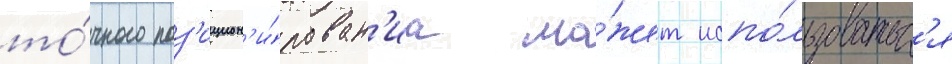
то́чного поз'ицион'и́рован'иа мо́жет испо́льзоватьс'я